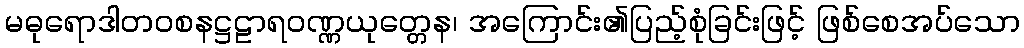
မဓုရောဒါတဝစနဋ္ဌဠာရဝဏ္ဏယုတ္တေန၊ အကြောင်း၏ပြည့်စုံခြင်းဖြင့် ဖြစ်စေအပ်သော